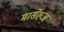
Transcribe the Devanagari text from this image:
मार्सेल्ज